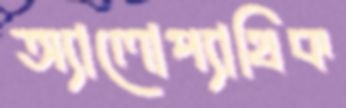
অ্যালোপ্যাথিক